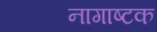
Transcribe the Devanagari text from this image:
नागाष्टक